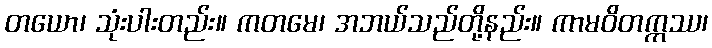
တယော၊ သုံးပါးတည်း။ ကတမေ၊ အဘယ်သည်တို့နည်း။ ကာမဝိတက္ကဿ၊